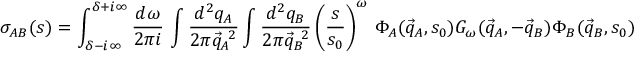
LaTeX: \sigma _ { A B } ( s ) = \int _ { \delta - i \infty } ^ { \delta + i \infty } \frac { d \omega } { 2 \pi i } \, \int \frac { d ^ { 2 } q _ { A } } { 2 \pi \vec { q } _ { A } ^ { ~ 2 } } \int \frac { d ^ { 2 } q _ { B } } { 2 \pi \vec { q } _ { B } ^ { ~ 2 } } \left( \frac s { s _ { 0 } } \right) ^ { \omega } \, \Phi _ { A } ( { \vec { q } } _ { A } , s _ { 0 } ) G _ { \omega } ( { \vec { q } } _ { A } , - { \vec { q } } _ { B } ) \Phi _ { B } ( { \vec { q } } _ { B } , s _ { 0 } ) .